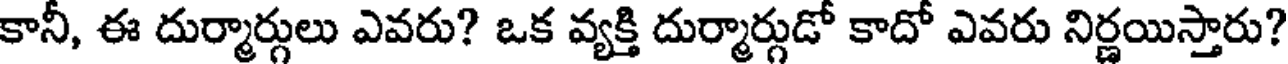
కానీ, ఈ దుర్మార్గులు ఎవరు? ఒక వ్యక్తి దుర్మార్గుడో కాదో ఎవరు నిర్ణయిస్తారు?